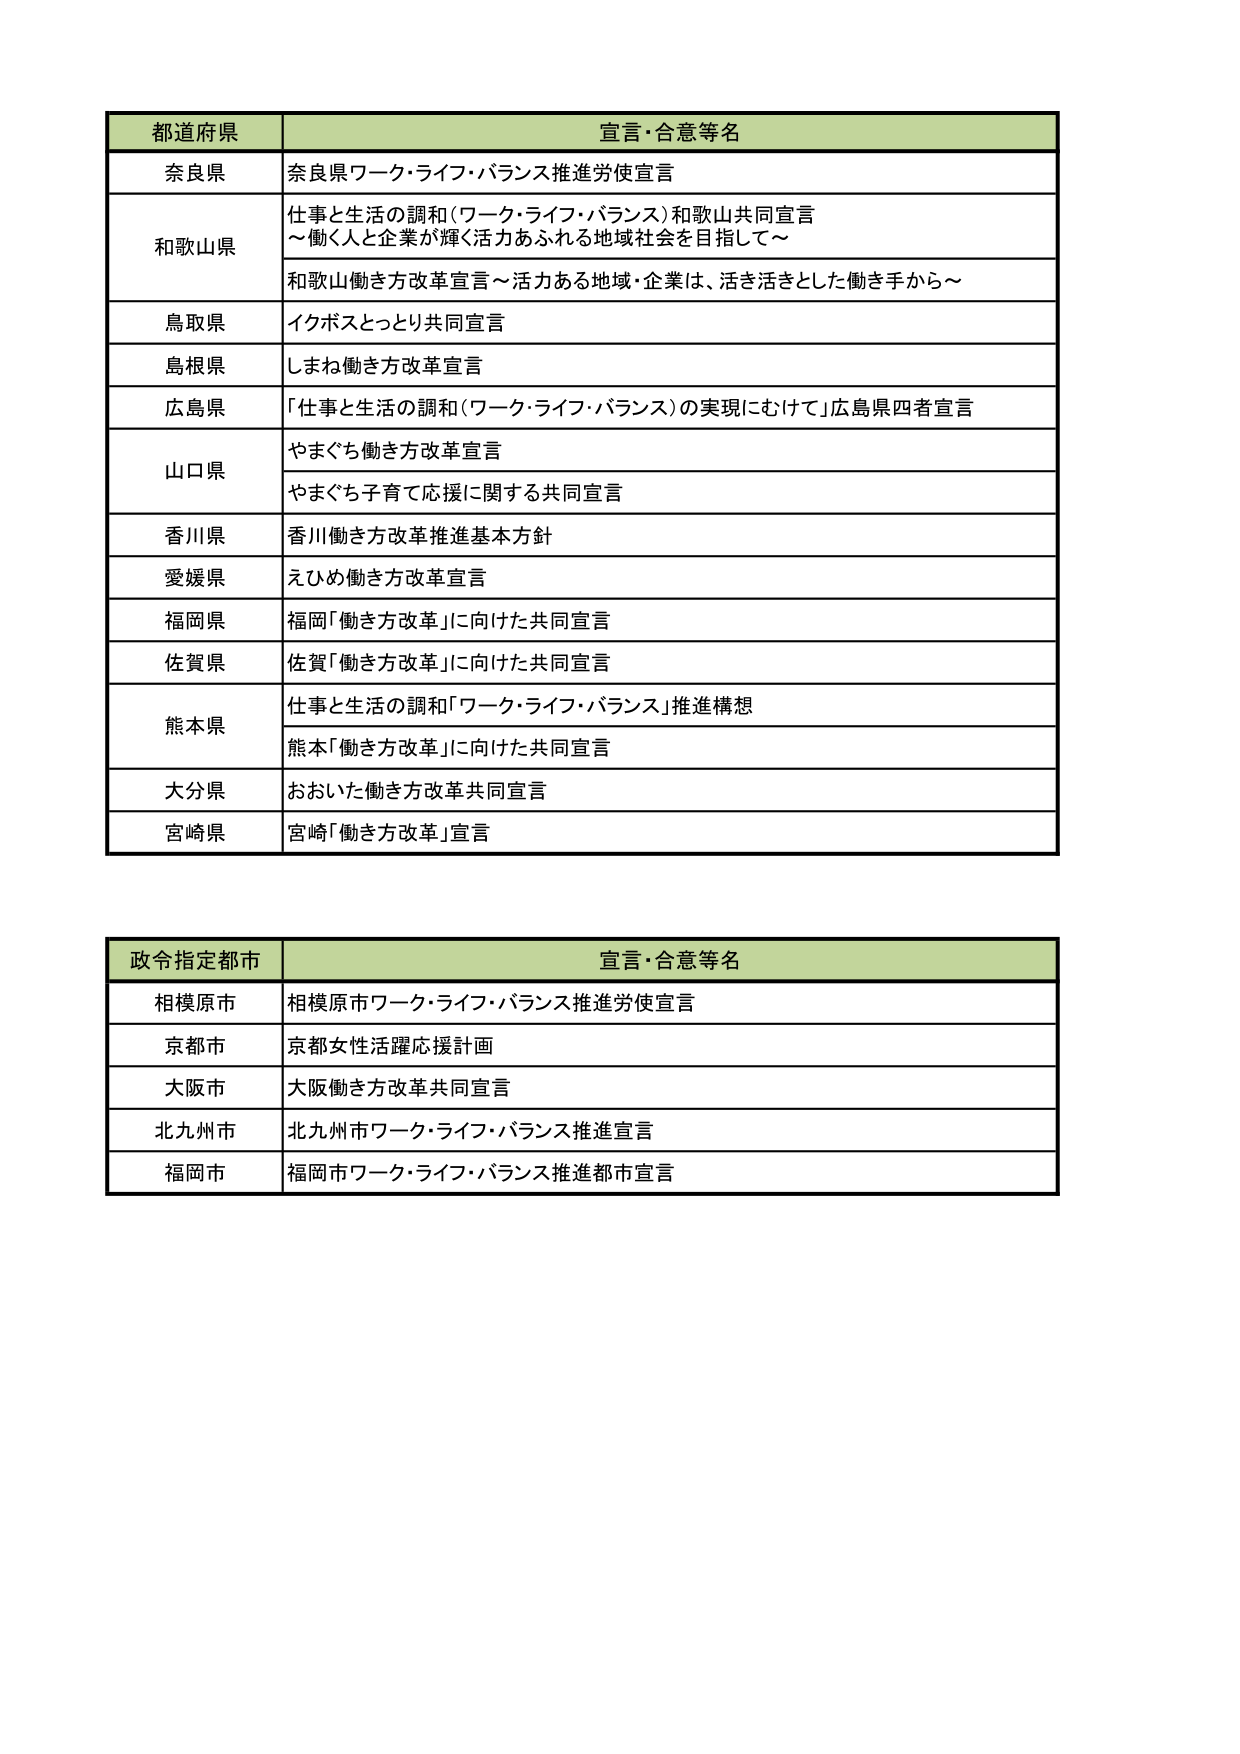
都道府県 宣言・合意等名
奈良県 奈良県ワーク・ライフ・バランス推進労使宣言
和歌山県 仕事と生活の調和（ワーク・ライフ・バランス）和歌山共同宣言
～働く人と企業が輝く活力あふれる地域社会を目指して～
和歌山働き方改革宣言～活力ある地域・企業は、活き活きとした働き手から～
鳥取県 イクボスとっとり共同宣言
島根県 しまね働き方改革宣言
広島県 「仕事と生活の調和（ワーク・ライフ・バランス）の実現にむけて」広島県四者宣言
山口県 やまぐち働き方改革宣言
やまぐち子育て応援に関する共同宣言
香川県 香川働き方改革推進基本方針
愛媛県 えひめ働き方改革宣言
福岡県 福岡「働き方改革」に向けた共同宣言
佐賀県 佐賀「働き方改革」に向けた共同宣言
熊本県 仕事と生活の調和「ワーク・ライフ・バランス」推進構想
熊本「働き方改革」に向けた共同宣言
大分県 おおいた働き方改革共同宣言
宮崎県 宮崎「働き方改革」宣言

政令指定都市 宣言・合意等名
相模原市 相模原市ワーク・ライフ・バランス推進労使宣言
京都市 京都女性活躍応援計画
大阪市 大阪働き方改革共同宣言
北九州市 北九州市ワーク・ライフ・バランス推進宣言
福岡市 福岡市ワーク・ライフ・バランス推進都市宣言